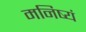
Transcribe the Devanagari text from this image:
मनिष्यं